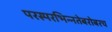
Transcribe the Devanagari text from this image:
परस्‍परभिन्‍नतेबरोबरच